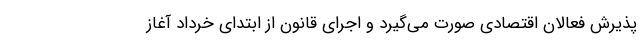
پذیرش فعالان اقتصادی صورت می‌گیرد و اجرای قانون از ابتدای خرداد آغاز